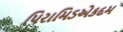
પિરામિડએકદમ